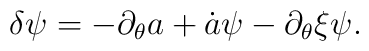
\delta\psi=-\partial_\theta a+\dot{a}\psi-\partial_\theta\xi\psi.